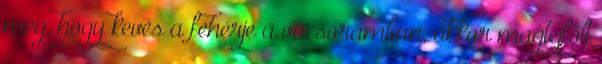
meg, hogy kevés a fehérje a vacsorámban, akkor magtejfölt